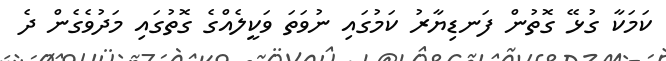
ކަމަކާ ގުޅޭ ގޮތުން ފަނޑިޔާރު ކަމުގައި ނުވަތަ ވަކީލެއްގެ ގޮތުގައި މަދުވެގެން ދެ